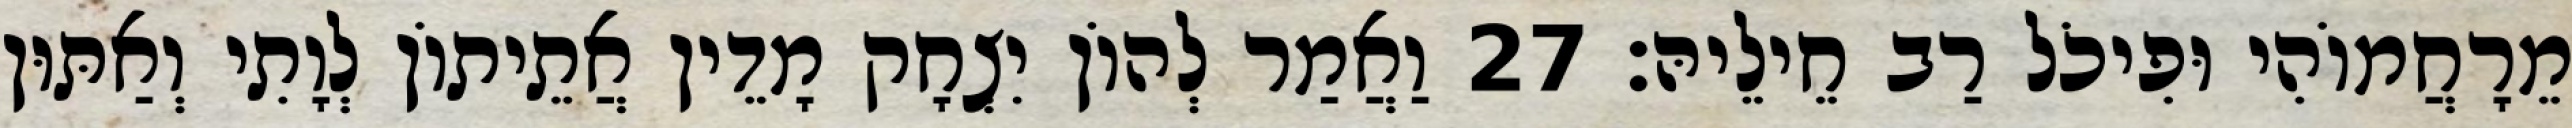
מֵרָחֲמוֹהִי וּפִיכֹל רַב חֵילֵיהּ׃ 27 וַאֲמַר לְהוֹן יִצְחָק מָדֵין אֲתֵיתוֹן לְוָתִי וְאַתּוּן